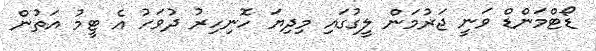
ޑޯޓްމަންޑް ވަނީ ޖަރުމަން ލީގުގައި މިދިޔަ ހޮނިހިރު ދުވަހު އެ ޓީމު އަތުން